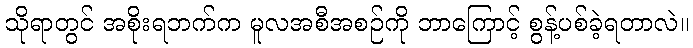
သိုရာတွင် အစိုးရဘက်က မူလအစီအစဉ်ကို ဘာကြောင့် စွန့်ပစ်ခဲ့ရတာလဲ။